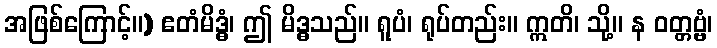
အဖြစ်ကြောင့်။) ဧတံမိဒ္ဓံ၊ ဤ မိဒ္ဓသည်။ ရူပံ၊ ရုပ်တည်း။ ဣတိ၊ သို့။ န ဝတ္တဗ္ဗံ၊